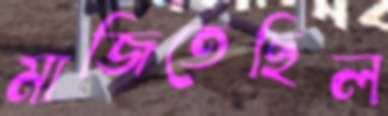
মাজিতেছিল